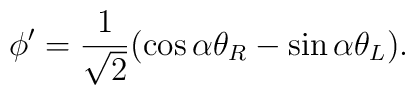
\phi' = \frac{1}{\sqrt{2}} ( \cos \alpha \theta_R - \sin \alpha \theta_L ).